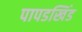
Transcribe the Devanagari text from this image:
पापडखिंड